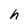
Character: h